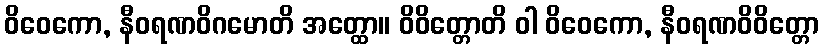
ဝိဝေကော, နီဝရဏဝိဂမောတိ အတ္ထော။ ဝိဝိတ္တောတိ ဝါ ဝိဝေကော, နီဝရဏဝိဝိတ္တော